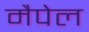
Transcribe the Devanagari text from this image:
मैपेल